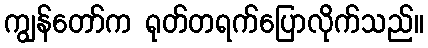
ကျွန်တော်က ရုတ်တရက်ပြောလိုက်သည်။